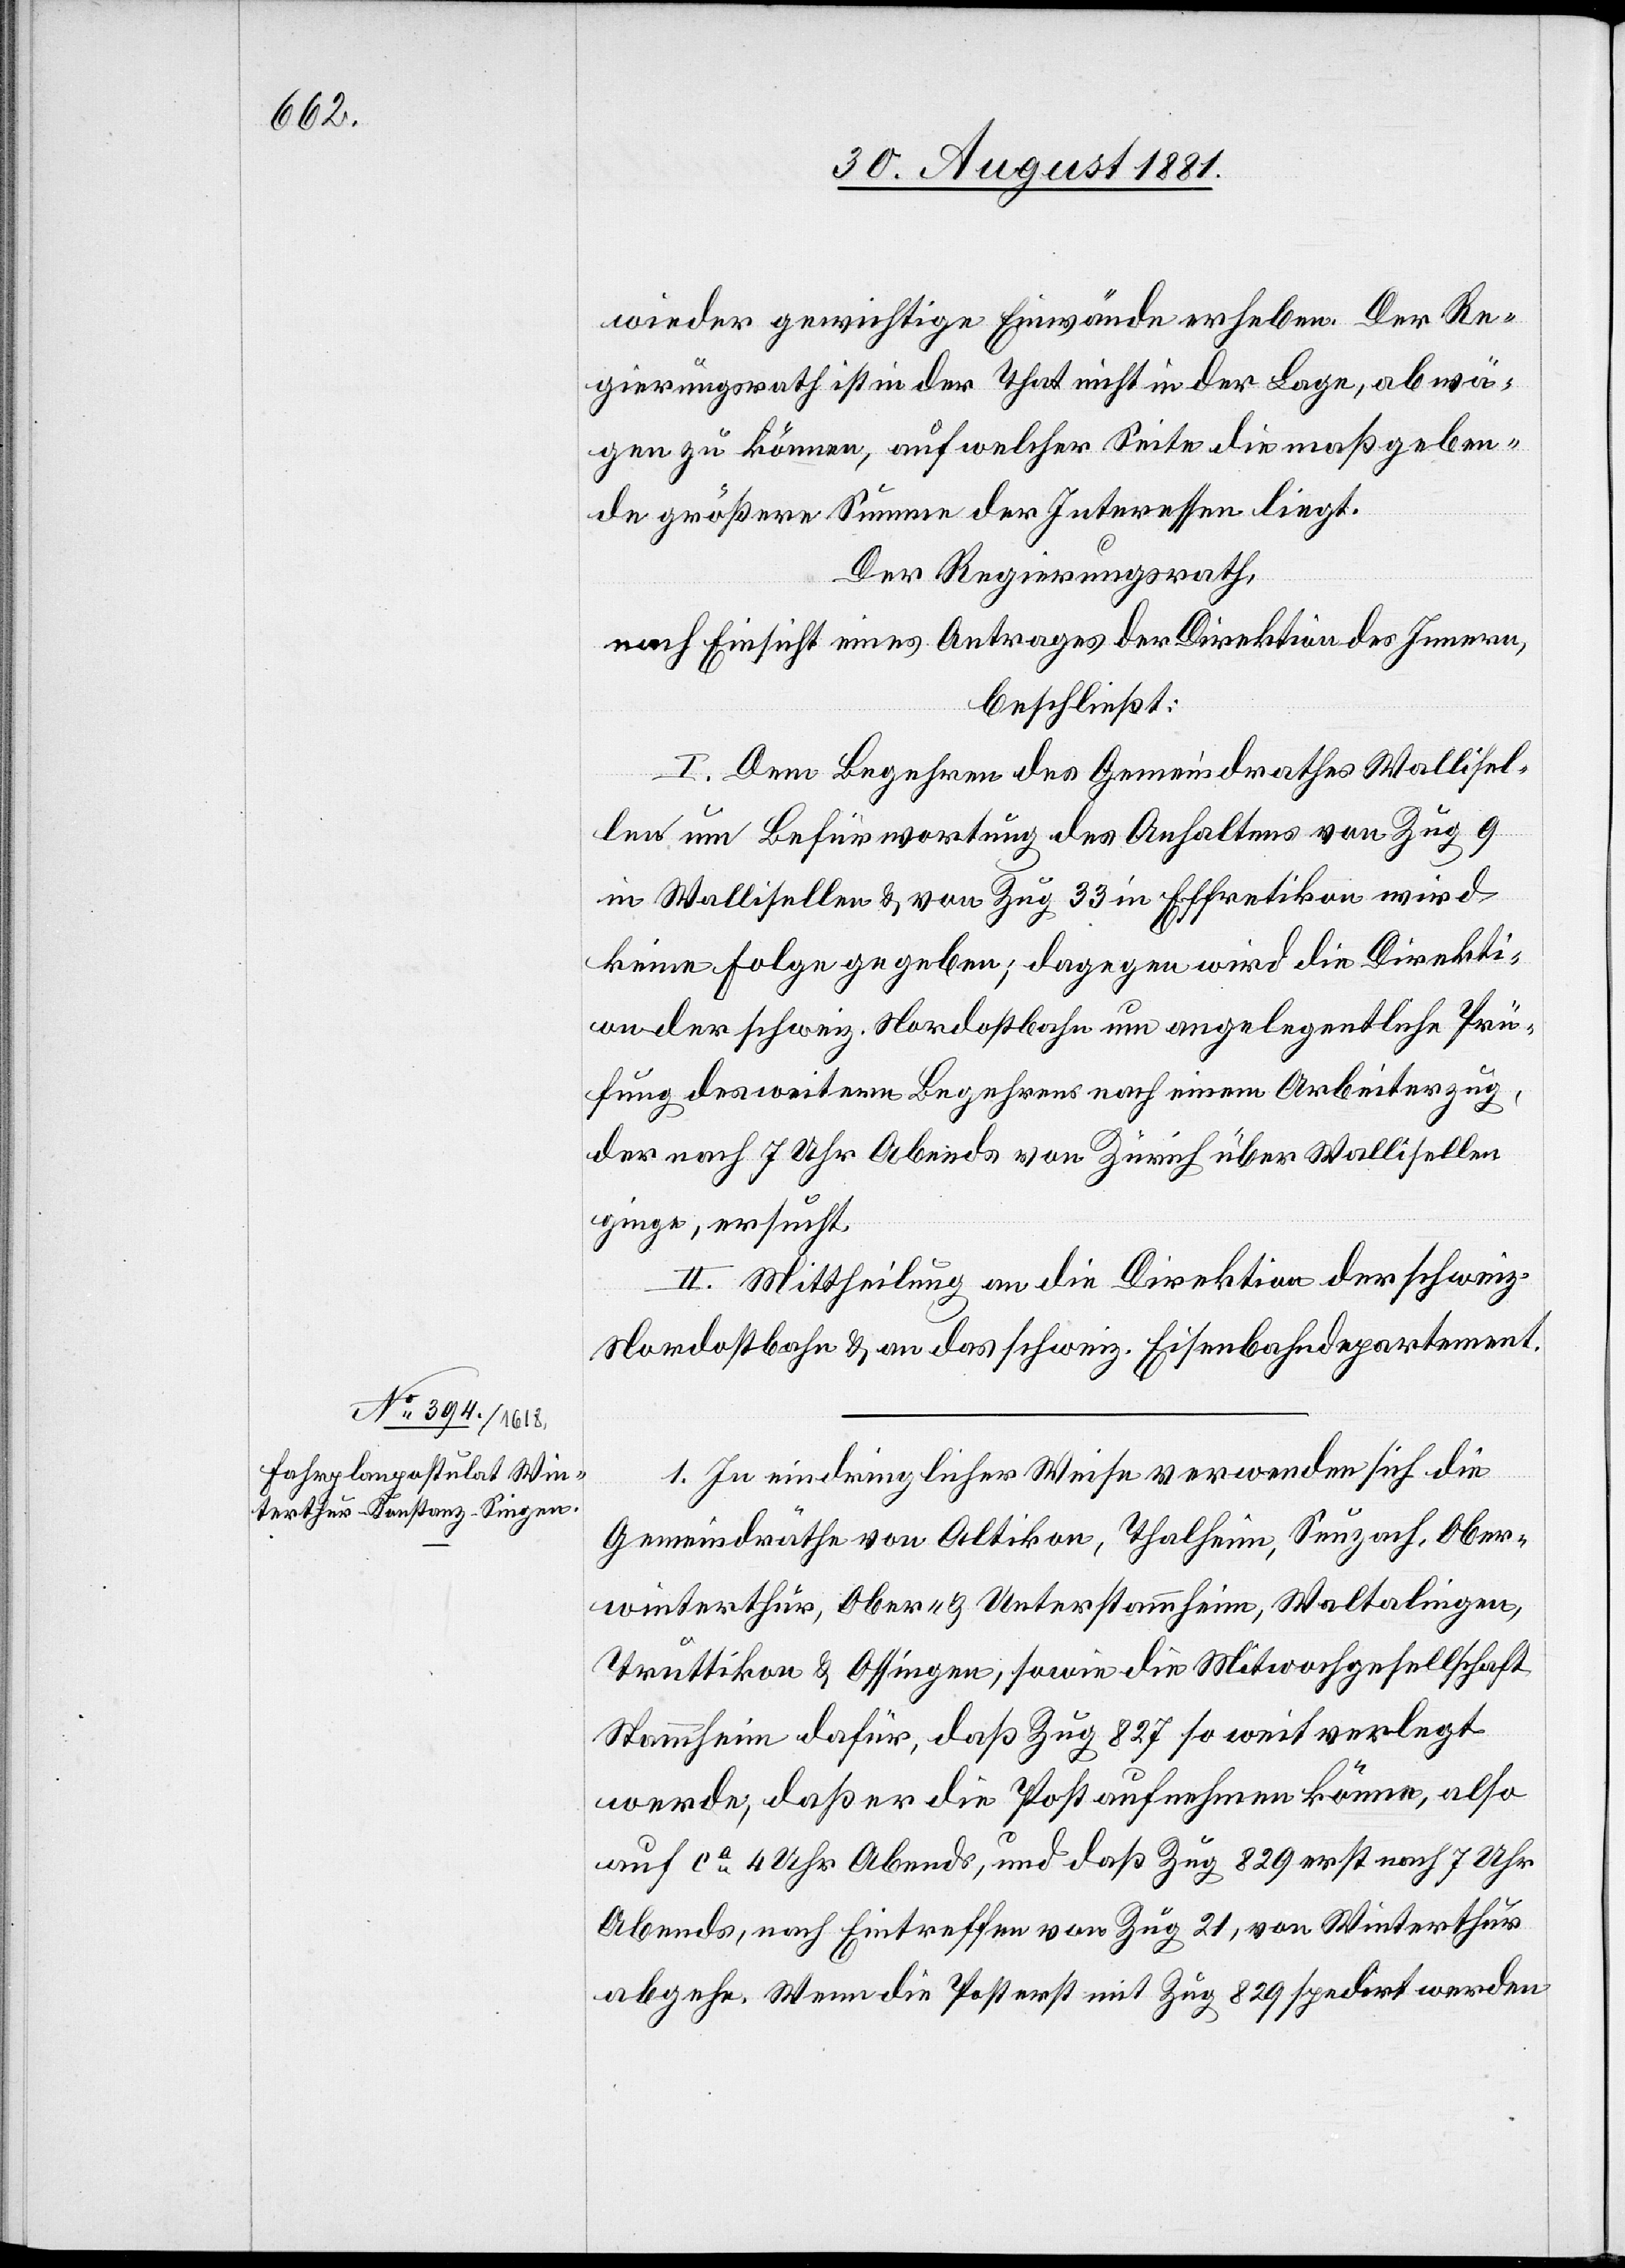
wieder gerichtige Einwände erheben. Der Re¬
gierungsrath ist in der That nicht in der Lage, abwä¬
gen zu können, auf welcher Seite die maßgeben¬
de größere Summe der Interessen liegt.
Der Regierungsrath,
nach Einsicht eines Antrages der Direktion des Innern,
beschließt:
I. Dem Begehren des Gemeindrathes Wallisel¬
len um Befürwortung des Anhaltens von Zug 9
in Wallisellen & von Zug 33 in Effretikon wird
keine Folge gegeben; dagegen wird die Direkti¬
on der schweiz. Nordostbahn um angelegentliche Prü¬
fung des weitern Begehrens nach einem Arbeiterzug,
der nach 7 Uhr Abends von Zürich über Wallisellen
ginge, ersucht.
II. Mittheilung an die Direktion der schweiz.
Nordostbahn & an das schweiz. Eisenbahndepartement.
1. In eindringlicher Weise verwenden sich die
Gemeindräthe von Attikon, Thalheim , Seuzach, Ober¬
winterthur, Ober- & Unterstammheim, Waltalingen,
Truttikon & Ossingen, sowie die Mitwochgesellschaft
Stammheim dafür, daß Zug 827 so weit verlegt
werde, daß er die Post aufnehmen könne, also
auf ca. 4 Uhr Abends, und daß Zug 829 erst nach 7 Uhr
Abends, nach Eintreffen von Zug 21, von Winterthur
abgehe. Wenn die Post erst mit Zug 829 spendirt werden